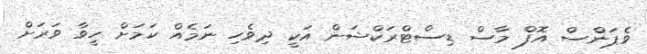
ވެޕަންސް އޮފް މާސް ޑިސްޓްރަކްޝަން އަކީ ދިވެހި ނަމެއް ކަމަށް ހީވާ ވަރަށް